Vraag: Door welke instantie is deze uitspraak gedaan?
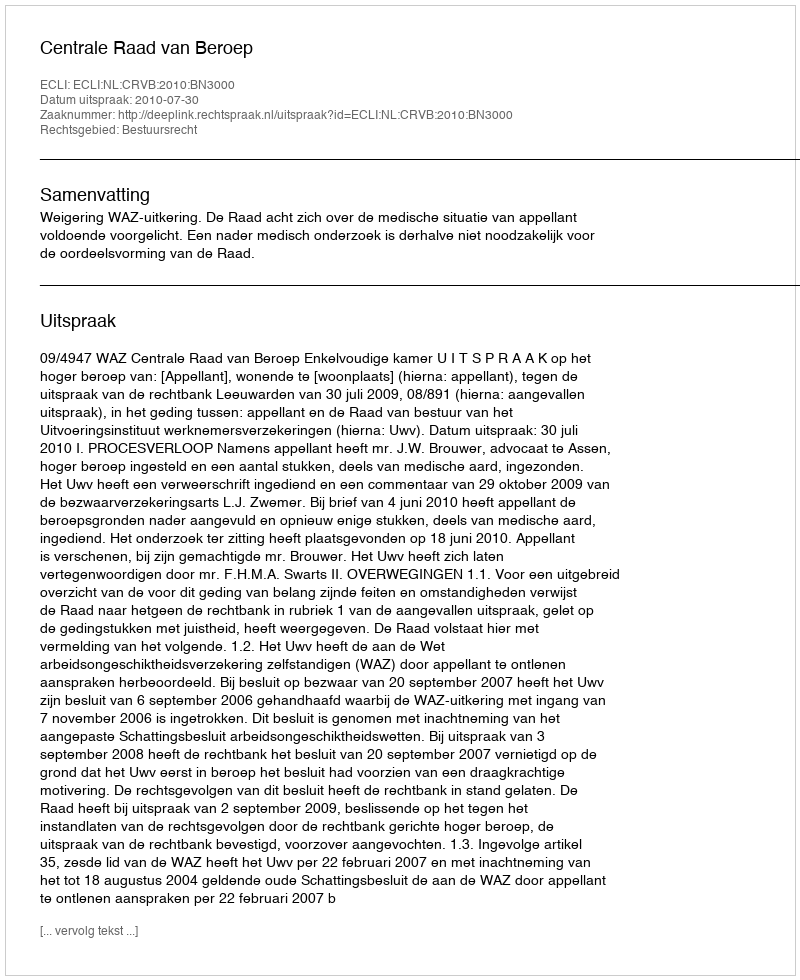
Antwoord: Centrale Raad van Beroep